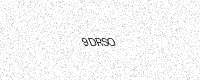
Text: 9DRSO